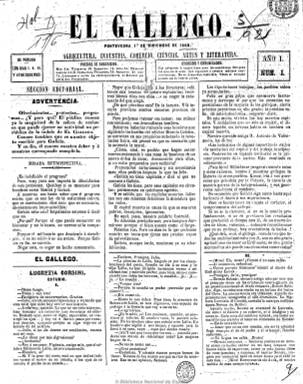
Título: El Gallego (Pontevedra)
Colección: Periódicos
Ámbito geográfico: Pontevedra
Lugar de publicación: Pontevedra
Fechas: 01/12/1862-10/06/1863

Con el subtítulo “agricultura, industria, comercio, ciencias, arte y literatura” se publica a partir del uno de diciembre de 1862 este periódico de cuatro páginas y a tres columnas, dirigido por Elisardo Ulloa, que a la vez es el principal redactor, y que cuenta con algunas colaboraciones, entre éstas las de Luis R. Seoane. Se presenta como defensor del progreso y la instrucción de los gallegos y con cierto tinte regionalista. Publica algunos artículos de fondo sobre asuntos económicos, teniendo secciones de crónica general, literaria, gacetillas, sueltos, con noticias locales, nacionales y algunas internacionales, e inserta un folletín y anuncios en su cuarta plana. Al principio aparece cuatro veces al mes, para después tener una periodicidad decenal. Su editor responsable es Andrés Martínez López. Su vida fue corta, siendo el último número de la colección el correspondiente al 10 de junio de 1863.